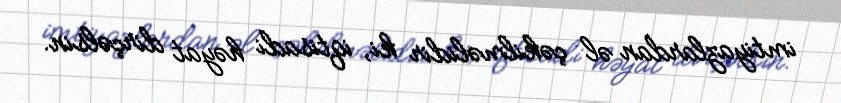
imtiyazlardan əl çəkilməlidir ki, iqtisadi həyat dirçəlsin.